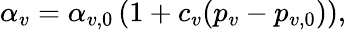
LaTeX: \alpha_{v}=\alpha_{v,0}\, (1+c_{v}(p_{v}-p_{v,0})),